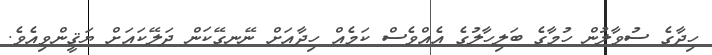
ހިދާގެ ސުވާލުން ހުމާގެ ބަލިހާލުގެ އެއްވެސް ކަމެއް ހިދާއަށް ނޭނގޭކަން ދަލޭކައަށް ޔަޤީންވިއެވެ.